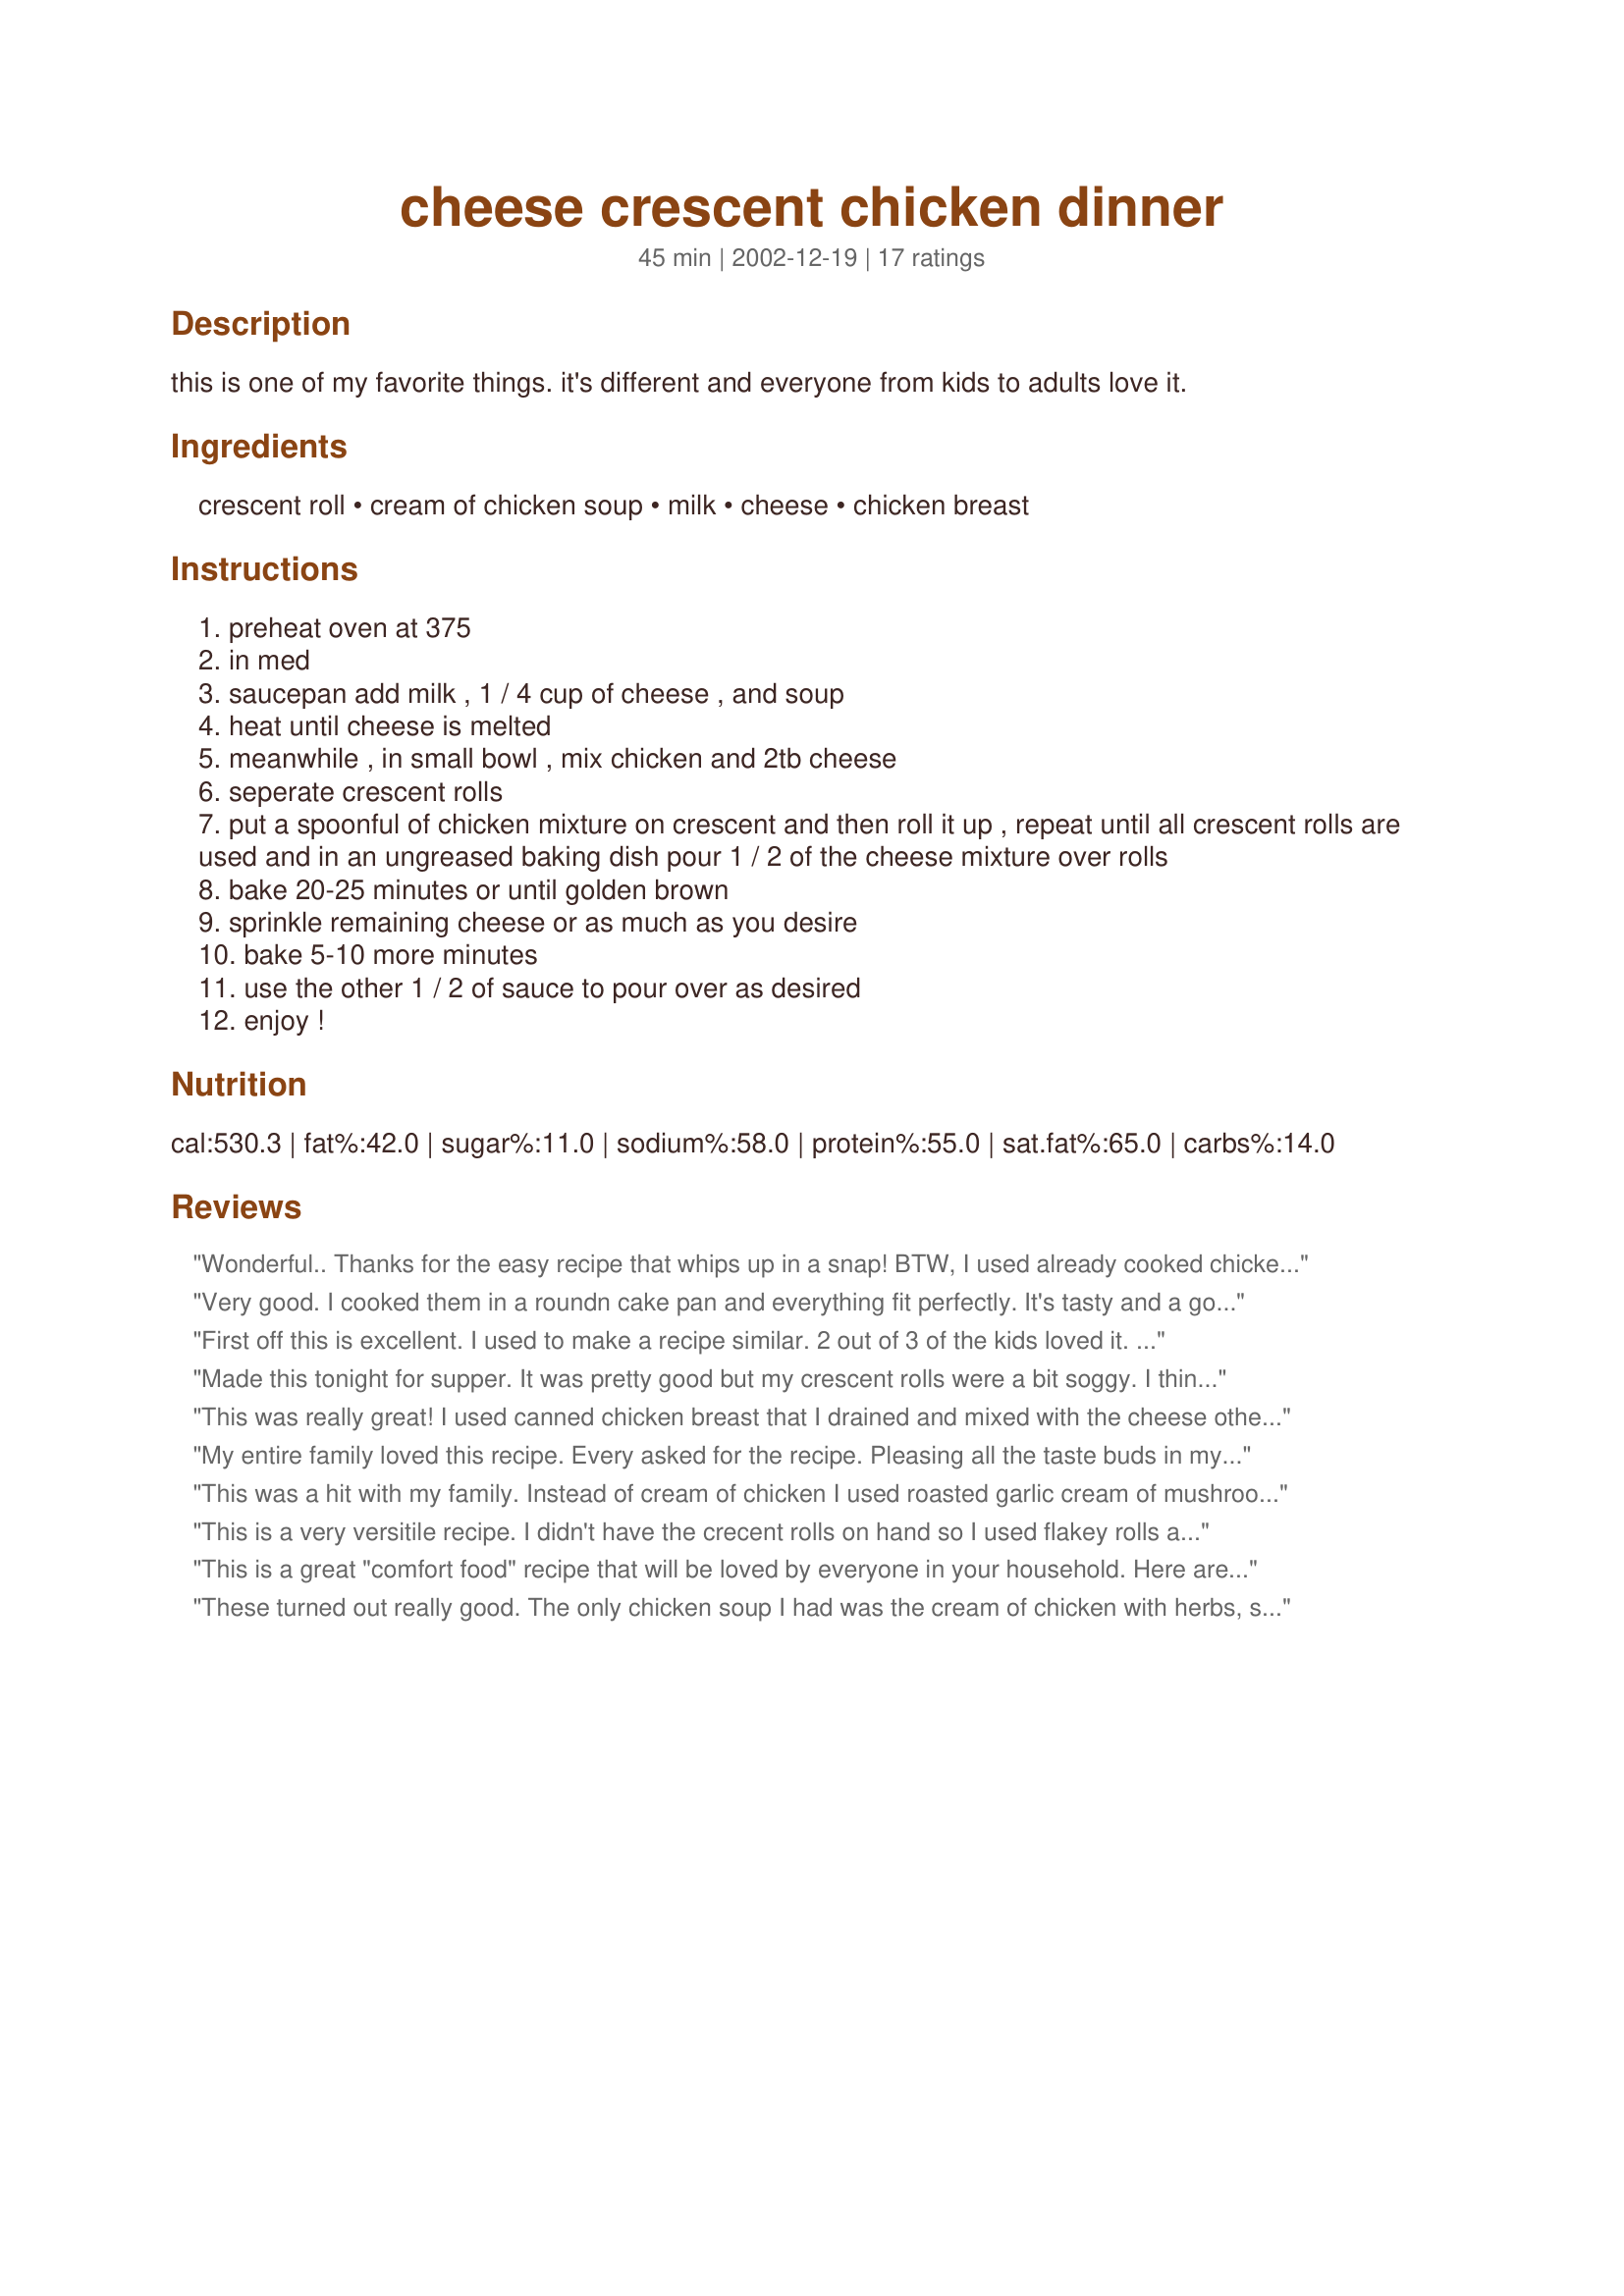
cheese crescent chicken dinner
Preparation time: 45 minutes

this is one of my favorite things. it's different and everyone from kids to adults love it.

Ingredients:
crescent roll, cream of chicken soup, milk, cheese, chicken breast

Steps:
preheat oven at 375
in med
saucepan add milk , 1 / 4 cup of cheese , and soup
heat until cheese is melted
meanwhile , in small bowl , mix chicken and 2tb cheese
seperate crescent rolls
put a spoonful of chicken mixture on crescent and then roll it up , repeat until all crescent rolls are used and in an ungreased baking dish pour 1 / 2 of the cheese mixture over rolls
bake 20-25 minutes or until golden brown
sprinkle remaining cheese or as much as you desire
bake 5-10 more minutes
use the other 1 / 2 of sauce to pour over as desired
enjoy !

Reviews:
Wonderful.. Thanks for the easy recipe that whips up in a snap! BTW, I used already cooked chicken it made the process even faster.
Very good. I cooked them in a roundn cake pan and everything fit perfectly. It's tasty and a good serving size for 2 people.
First off this is excellent. I used to make a recipe similar. 2 out of 3 of the kids loved it. Also, I put chicken breast in the crockpot w/ italian dressing to cook it and then shredded and used it for this dish, it gave it a little extra flavor. :) thanks for a great meal!
Made this tonight for supper. It was pretty good but my crescent rolls were a bit soggy. I think next time I will cook them a little before adding the cheese sauce. I didn't have cream of chicken soup so I used cream of mushroom. Probably better with the chicken. I'm sure I will try this again.
This was really great! I used canned chicken breast that I drained and mixed with the cheese other than that I followed the recipie exactly. Fast and easy my 11 year old daughter loves it, and so did I.
My entire family loved this recipe. Every asked for the recipe. Pleasing all the taste buds in my family is a very tall order. But this dish succeeded!
This was a hit with my family. Instead of cream of chicken I used roasted garlic cream of mushroom and 2 chicken breast, and it still turned out great! The chicken was very tender too, delicious meal overall.
This is a very versitile recipe. I didn't have the crecent rolls on hand so I used flakey rolls and made a kind of chicken dumpling bake. I also used the cream of chicken with the herbs and I think that it made the taste quite a bit more flavorful. I would also recomend Sharp Cheddar.
This is a great "comfort food" recipe that will be loved by everyone in your household. Here are my tips: 1) buy a hot rotisserie chicken and chop pieces roughly to get 1 1/2 cups chopped chicken, 2)When rolling the crescents, the small triangles get a bit messy, so I prefer to press 2 triangles together and create 4 larger rectangles for filling, 3) don't add the sauce until the rolls have baked and have a crispy top - THEN add the sauce for the last 5 minute of baking. YUMMMMY!
These turned out really good. The only chicken soup I had was the cream of chicken with herbs, so I used that, and I think it really added to the flavor...went nicely with the Swiss cheese I used. I was worried that the crescents would turn out 
soggy since the sauce was poured over them before they baked, but they turned out nice and flaky. One other thing I did differently was to separate the dough into 4 rectangles and fill and seal them that way. This will definitely be made again in my house!
I've been making this exact recipe (except doubled) for years now. We call it Cheesy Chicken. I usually melt most of the cheese in the sauce and pour most of the sauce on the casserole and bake for 30 minutes. Then I add the rest of the sauce and bake for additional 10 minutes. This step is actually very important because if you pour all of the sauce on the crescent rolls they don't brown up. This way, they brown up nicely and all of the sauce is nice and hot. I chop my chicken very fine (just use leftovers) and it is surprisingly kid-friendly. My 3 and 5 year olds love it.
These were sooo GOOD and sooo EASY. I used Pepper Jack cheese, which tasted awesome, and I poured a little sauce over the chicken before rolling them up. Thanks so much for sharing this recipe!
These were pretty good. I was skeptical because I thought they would be soggy, but they weren't. The croissants browned nicely while cooking with the sauce. I decided to try this recipe because it looked fast, easy and I had all the ingredients. It was quick and easy to make with almost no clean-up. I used leftover rotisserie chicken and cheddar cheese. This recipe is so versatile that you can probably use quite a few different combos - ham & cheddar, turkey & swiss, etc. Another plus, my family loved it! Thanks for sharing a quick & tasty dinner recipe!
Hubby and I loved this! We are cheese lovers so I added a lot more cheese to the chicken mixture used in the crescents. Fabulous!
This stuff is great! I first tried it at my great grandma's house and have been searching for the recipe every since. It is one of my favorite meals to fix because it is so easy, and one of my favorite meals to eat because it's ohhhh so yummy!
Yummy! I arranged the stuffed crescent rolls in a 9-inch X 13-inch baking pan and poured ALL of the sauce over. Sprinkled with sharp cheddar the last 5 minutes of baking. It turned out perfectly---nicely browned rolls in delicious bubbling cheesy sauce. Thanks, Sheryl, for this delightful, comforting chickie dish!
My boyfriend and I loved this. He couldn't stop eating it. I had enough cheddar cheese from another dish I made plus some extra. We are cheeseaholics. I also added a little bit of garlic powder and some paprika as well to give just a little more flavor. I will be definately be making this again
